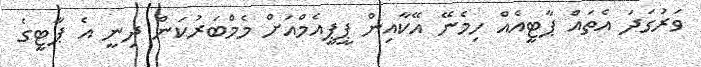
ވަރުގަދަ އެތައް ޕާޓީއެއް ހިމެނޭ އޭކާއިން ޕީޕީއެމްއަށް މެމްބަރުކަން ދިނީ އެ ޕާޓީގެ